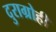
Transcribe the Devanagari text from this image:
दुराग्रोही